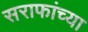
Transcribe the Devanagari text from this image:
सराफांच्या